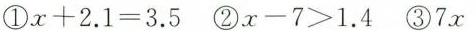
①$$x + 2 . 1 = 3 . 5$$ ②$$x - 7 > 1 . 4$$ ③7x